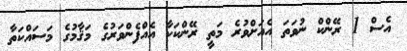
އެސް 1 ރޭންކް ނުވަތަ އެއަށްވުރެ މަތީ ރޭންކަކާ އެއްފެންވަރުގެ މަޤާމުގެ މަސައްކަތާ